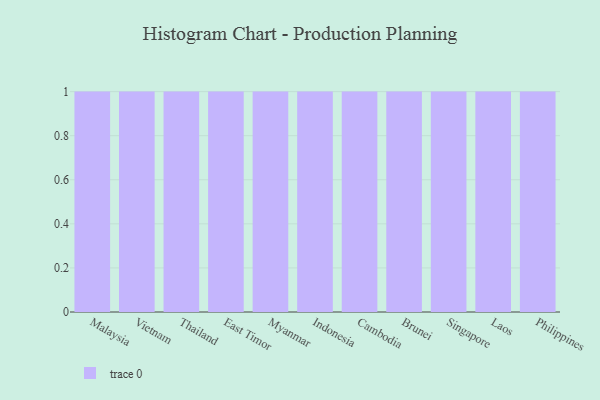
{"axis": {"x": "Country", "y": "Conversion Rate (%)"}, "legend": [""], "data": [{"x": "Malaysia", "y": 71, "type": ""}, {"x": "Vietnam", "y": 36, "type": ""}, {"x": "Thailand", "y": 68, "type": ""}, {"x": "East Timor", "y": 25, "type": ""}, {"x": "Myanmar", "y": 8, "type": ""}, {"x": "Indonesia", "y": 19, "type": ""}, {"x": "Cambodia", "y": 98, "type": ""}, {"x": "Brunei", "y": 34, "type": ""}, {"x": "Singapore", "y": 22, "type": ""}, {"x": "Laos", "y": 72, "type": ""}, {"x": "Philippines", "y": 75, "type": ""}]}